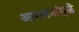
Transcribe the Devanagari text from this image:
आगमनांमुळॆ